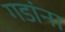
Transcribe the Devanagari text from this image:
गडांना